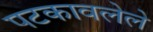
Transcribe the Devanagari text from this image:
पटकावलेले